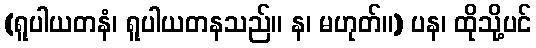
(ရူပါယတနံ၊ ရူပါယတနသည်။ န၊ မဟုတ်။) ပန၊ ထိုသို့ပင်